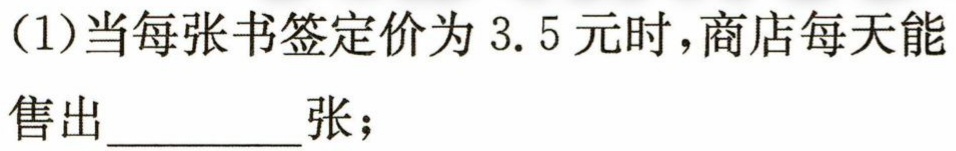
(1)当每张书签定价为$3.5$元时，商店每天能
售出__________张；